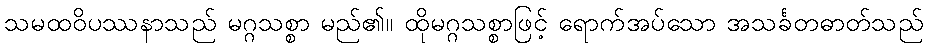
သမထဝိပဿနာသည် မဂ္ဂသစ္စာ မည်၏။ ထိုမဂ္ဂသစ္စာဖြင့် ရောက်အပ်သော အသင်္ခတဓာတ်သည်